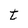
Character: t